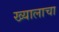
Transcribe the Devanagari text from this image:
ख्यालाचा